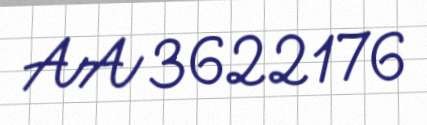
AA 3622176